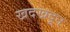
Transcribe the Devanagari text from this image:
खदखदून